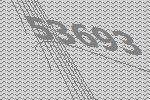
53693